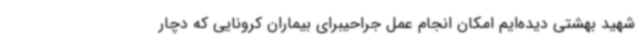
شهید بهشتی دیده‌ایم امکان انجام عمل جراحیبرای بیماران کرونایی که دچار